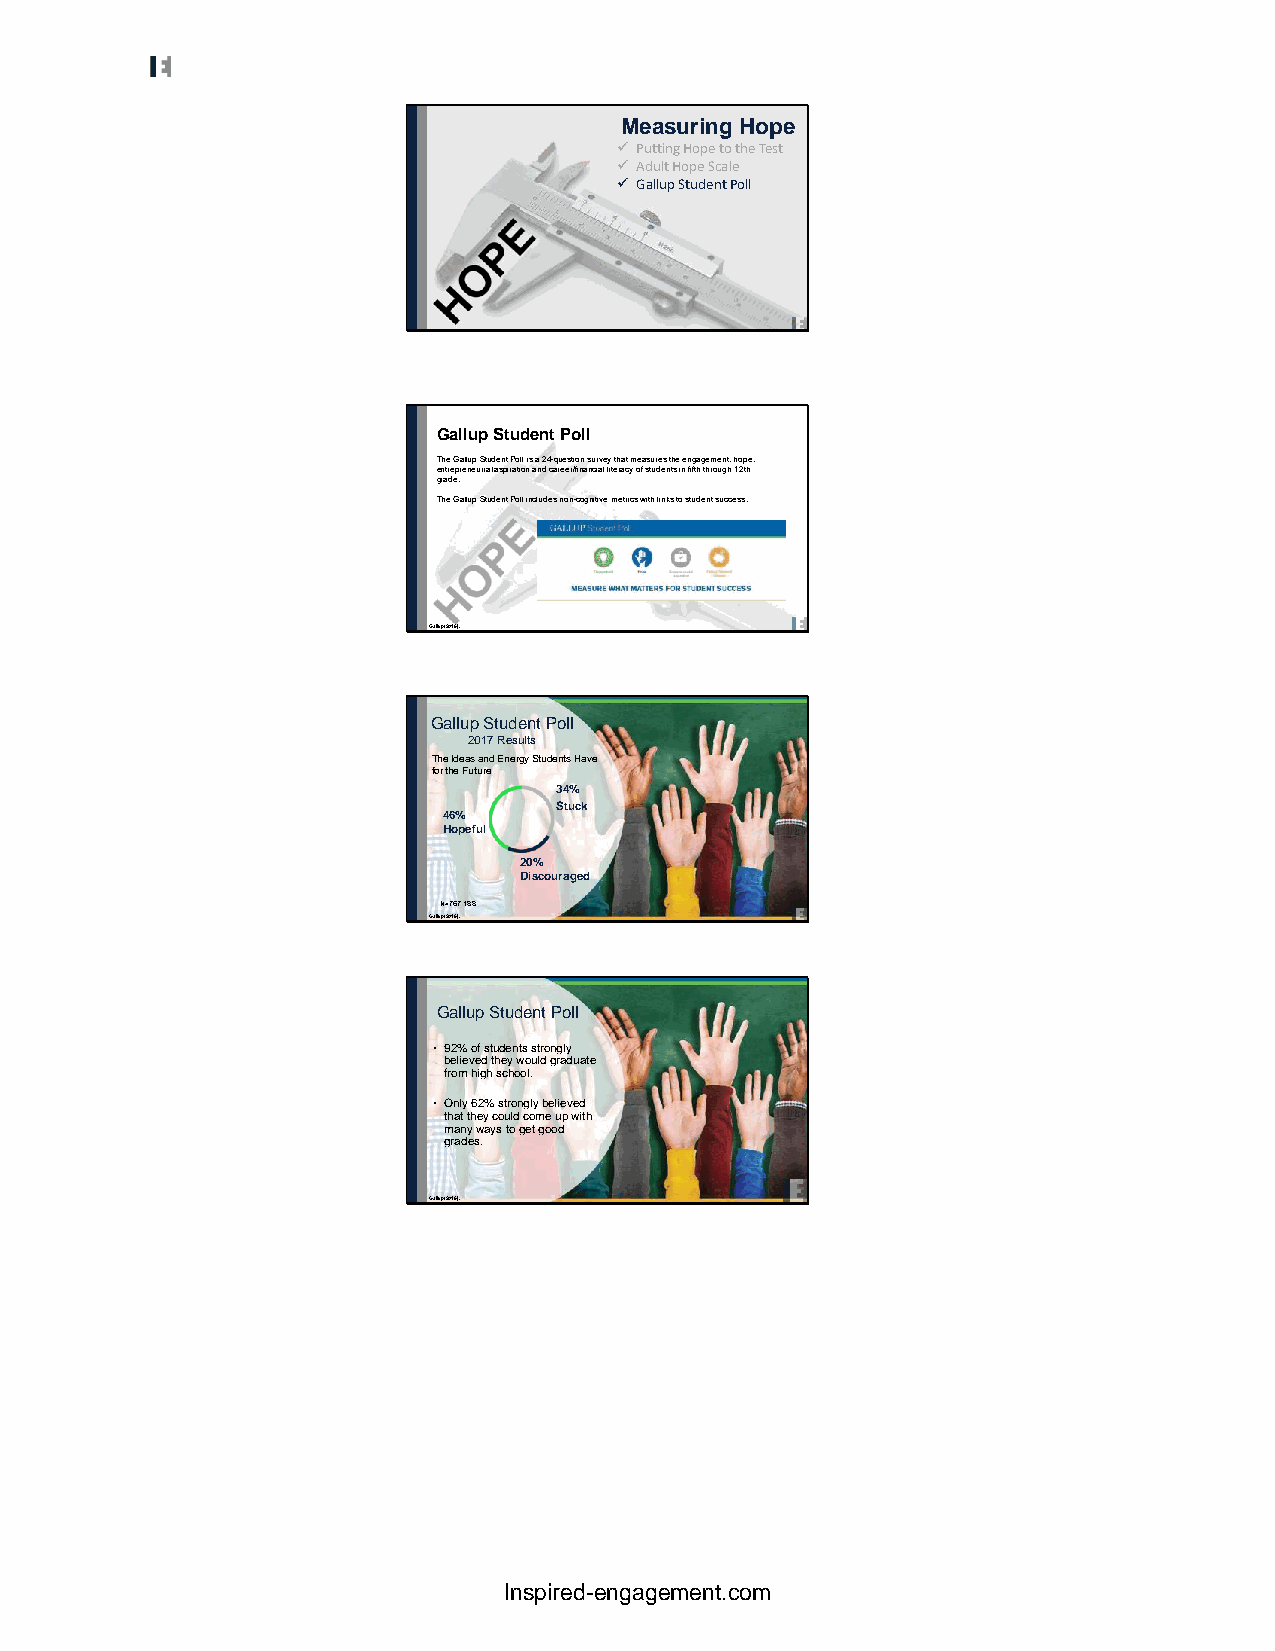
Measuring Hope
 ✓ Putting Hope to the Test
 ✓ Adult Hope Scale
 ✓ Gallup Student Poll
 Gallup Student Poll
 The Gallup Student Poll is a 24-question survey that measures the engagement, hope,
 entrepreneurial aspiration and career/financial literacy of students in fifth through 12th
 grade.
 The Gallup Student Poll includes non-cognitive metrics with links to student success.
 Gallup (2016).
 Gallup Student Poll
 2017 Results
 The Ideas and Energy Students Have
 for the Future
 34%
 Stuck
 46%
 Hopeful
 20%
 Discouraged
 N=767,188
 Gallup (2016).
 Gallup Student Poll
 • 92% of students strongly
 believed they would graduate
 from high school.
 • Only 62% strongly believed
 that they could come up with
 many ways to get good
 grades.
 Gallup (2016).
 Inspired-engagement.com